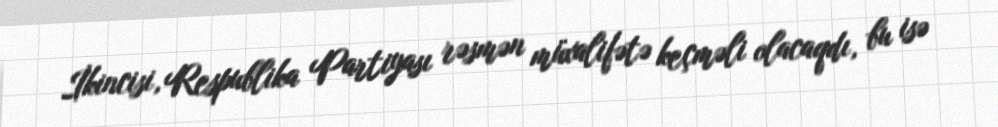
İkincisi, Respublika Partiyası rəsmən müxalifətə keçməli olacaqdı, bu isə